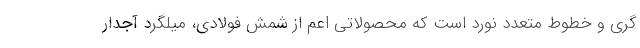
گري و خطوط متعدد نورد است كه محصولاتي اعم از شمش فولادي، ميلگرد آجدار